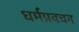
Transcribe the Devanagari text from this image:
धर्मप्रवचन